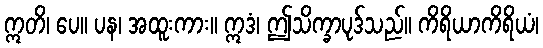
ဣတိ၊ ပေ။ ပန၊ အထူးကား။ ဣဒံ၊ ဤသိက္ခာပုဒ်သည်။ ကိရိယာကိရိယံ၊